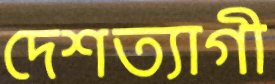
দেশত্যাগী